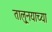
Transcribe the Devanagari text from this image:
तालु्नयाच्या